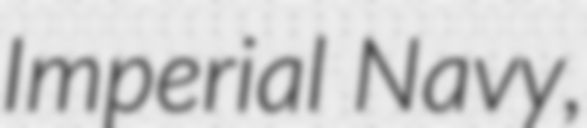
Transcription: Imperial Navy,